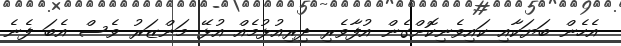
އެހެން ބަޔަކާއި ކައިވެނިކޮށްގެން އުފާވެރި ދިރިއުޅުމެއް އުޅޭ މަންޒަރު ވެސް އެބަ ފެނެ